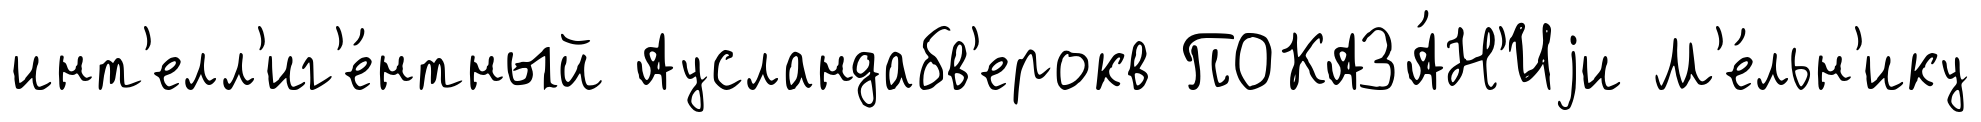
инт'елл'иг'е́нтный Аусландабв'ерокв ПОКАЗА́Н'Иjи М'е́льн'ику